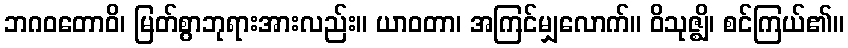
ဘဂဝတောဝိ၊ မြတ်စွာဘုရားအားလည်း။ ယာဝတာ၊ အကြင်မျှလောက်။ ဝိသုဇ္ဈိ၊ စင်ကြယ်၏။